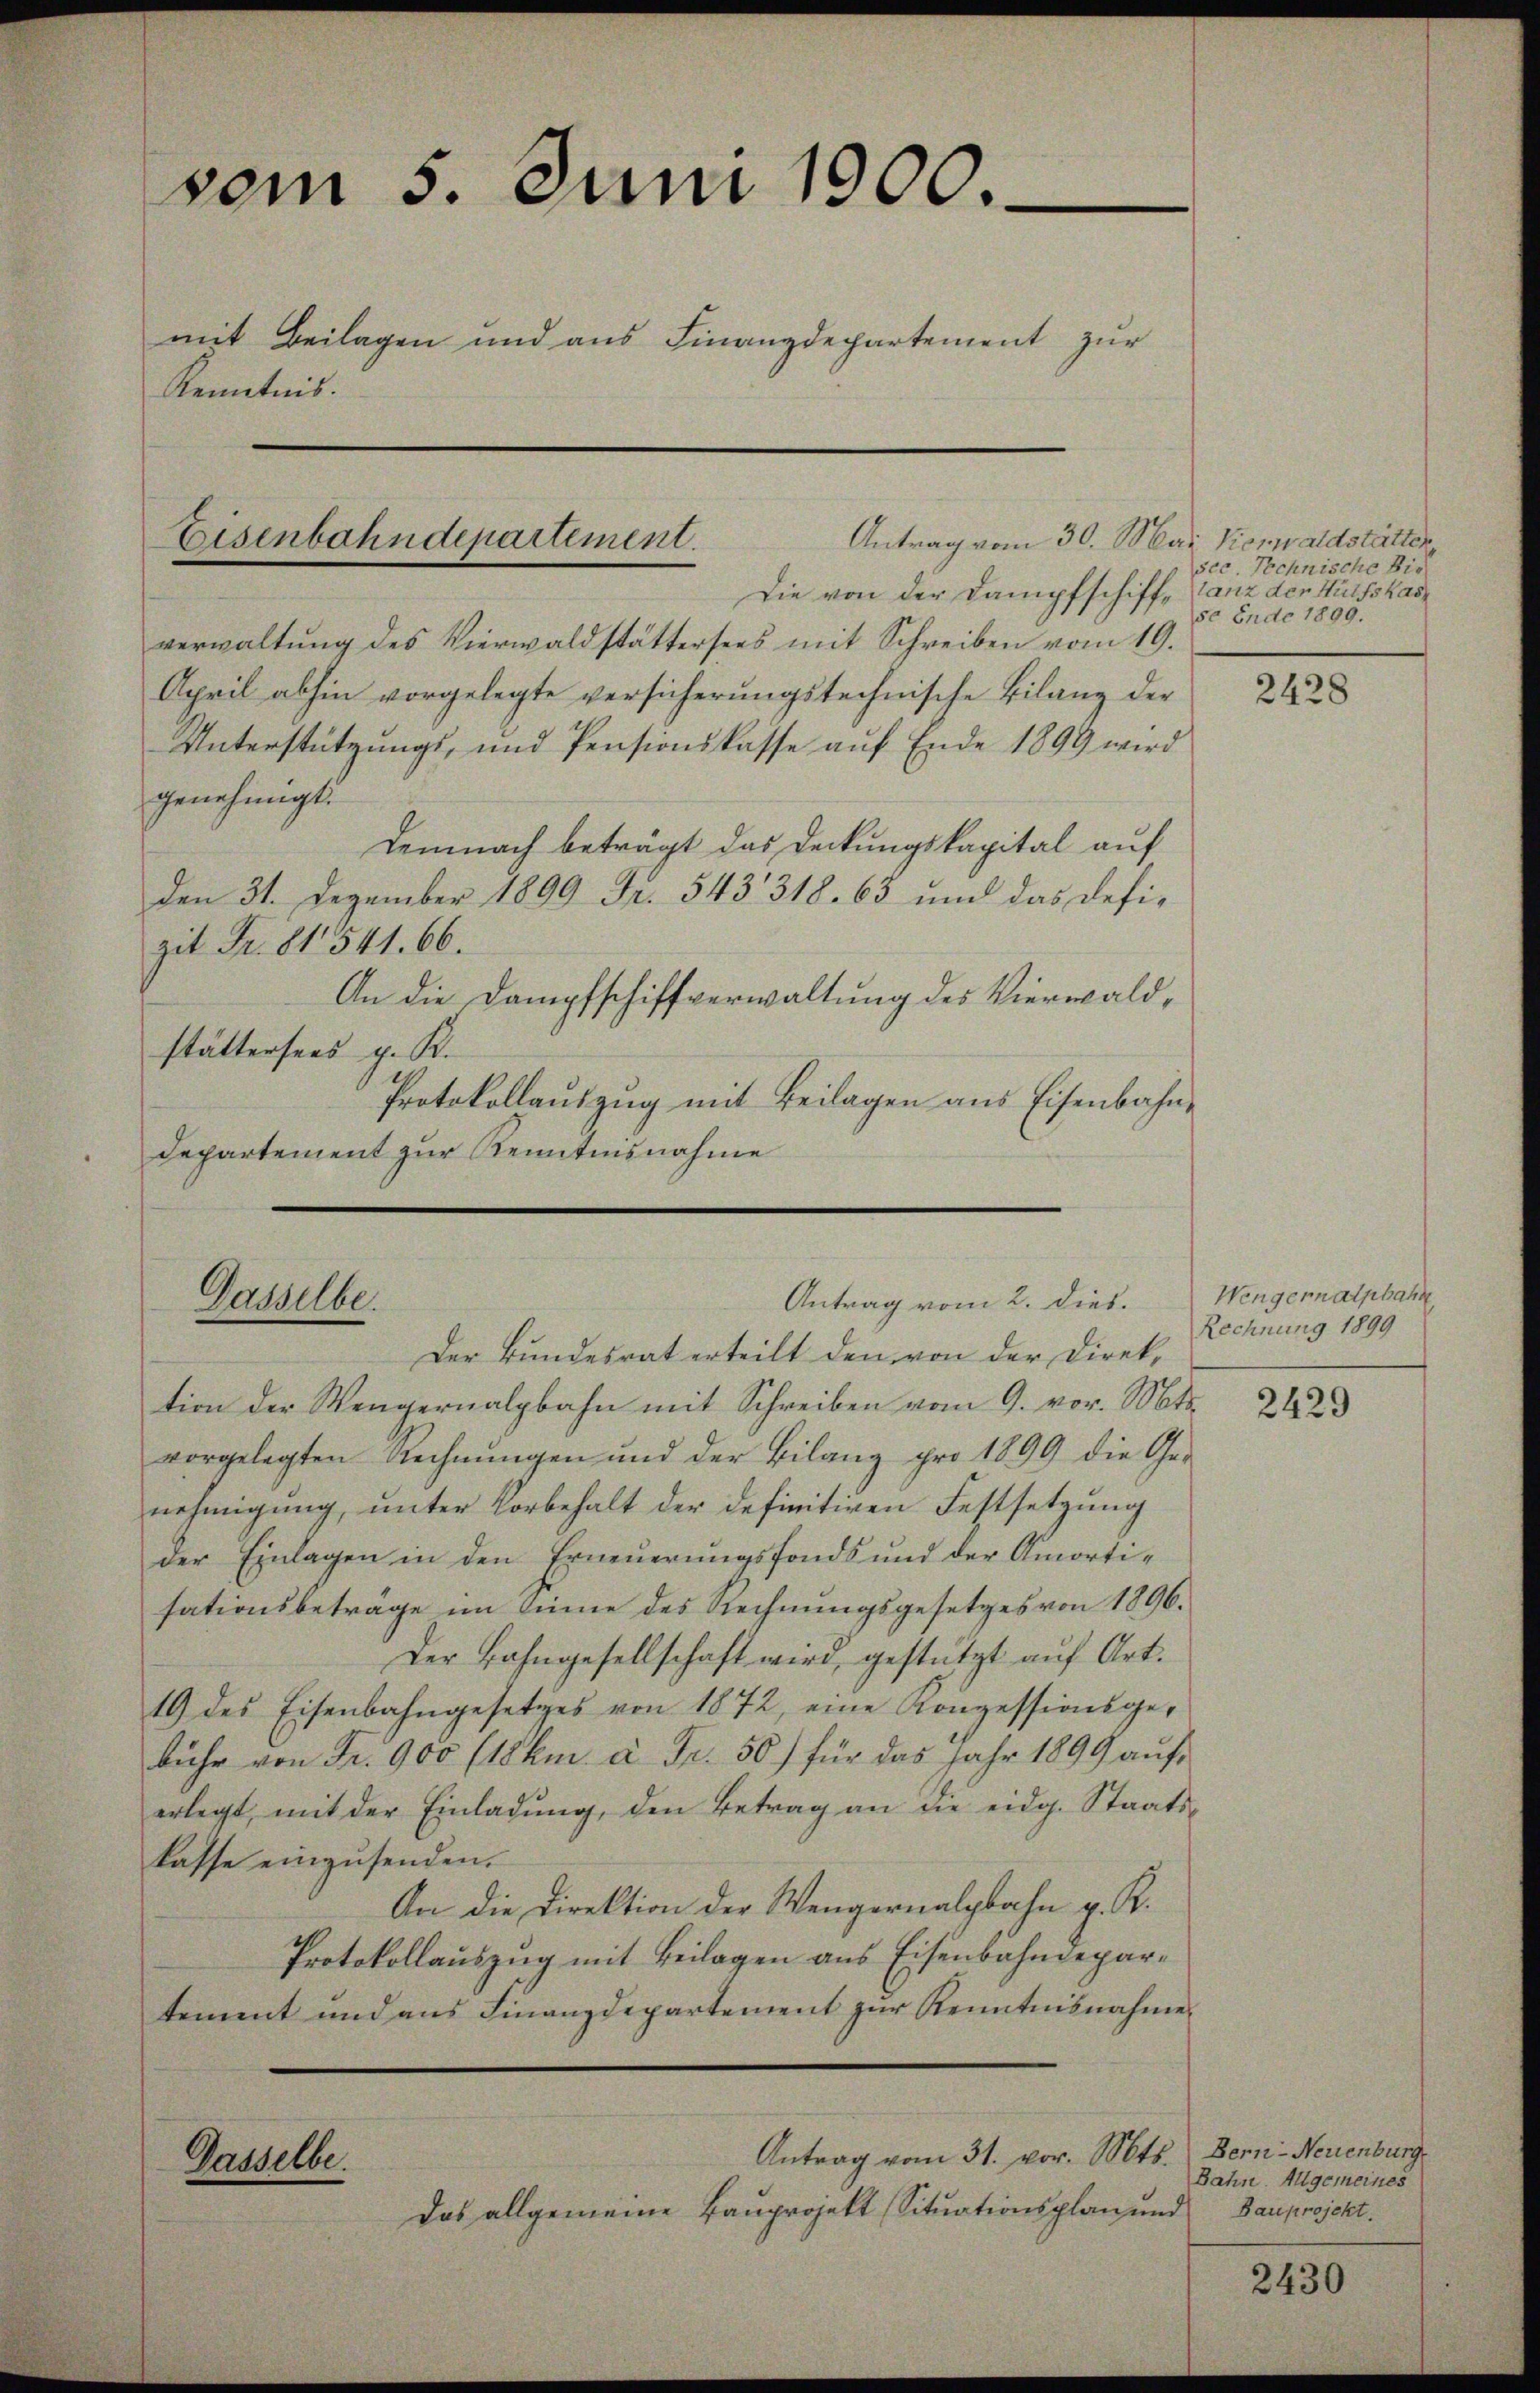
vom 5. Juni 1900.
mit Beilagen und aus Finanzdepartement zur
Kenntnis.

Eisenbahndepartement.

Die von der Dampfschiff, Tanz der Hülfskasverwaltŭng des Vierwaldstättersees mit Schreiben vom 19.
April abhin vorgelegte versicherungstechnische Bilanz der
Unterstützungs- und Pensionskasse auf Ende 1899 wird
genehmigt.
Demnach beträgt das Deckungskapital auf
Den 31. Dezember 1899 Fr. 543 318. 63 und das defizit Fr. 81541. 66.
An die Dampfschiffverwaltung des Vierwaldstättersees p. K.
Protokollauszug mit Beilagen aus Eisenbahn¬
Departement zur Kenntnisnahme

Verselbe

Antrag vom 2. dies.

Antrag vom 30. Mai Kioswaldstätter

Der Bundesrat erteilt den von der Direktion der Wengernalpbahn mit Schreiben vom 9. vor. Mts.
vorgelegten Rechnŭngen und der Bilang pro 1899 die Ge-
nehmigung, unter Vorbehalt der definitiven Festsetzung
der Einlagen in den Erneuerungsfonds und der Amortisationsbetrage im Sinne des Rechnungsgesetzes von 1896.
Der Bahngesellschaft wird, gestützt auf Art.
19 des Eisenbahngesetzes von 1872, eine Konzessionsgebühr von Fr. 900 (lkm. à Fr. 50) für das Jahr 1899 aŭf
erlegt, mit der Einladŭng, den Betrag an die eidg. Staats-
lasse einzusenden.
An die Direktion der Wengernalgbahn p. K.
Protokollauszug mit Beilagen aus Eisenbahndepartement und aus Finanzdepartement zur Kenntnisnahme
Antrag vom 31. vor. Mts. Bern-Neuenburg
Dasselbe.
Das allgemeine Bauprojekt Situationsplan und Bauprojekt.

sec. Technische Bis
50 Ende 1899.

2428

Wengernatpbahn
Rechnung 1899

2429

Bahn. Allgemeines

2430